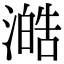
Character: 澔